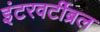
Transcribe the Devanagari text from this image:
इंटरवर्टीब्रल